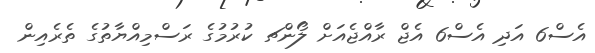
އެސް6 އަދި އެސް6 އެޖް ރާއްޖެއަށް ލޯންޗ ކުރުމުގެ ރަސްމިއްޔާތުގެ ތެރެއިން